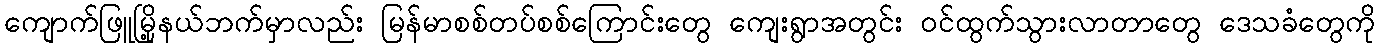
ကျောက်ဖြူမြို့နယ်ဘက်မှာလည်း မြန်မာစစ်တပ်စစ်ကြောင်းတွေ ကျေးရွာအတွင်း ဝင်ထွက်သွားလာတာတွေ ဒေသခံတွေကို